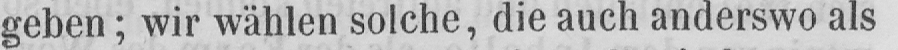
geben; wir wählen solche, die auch anderswo als